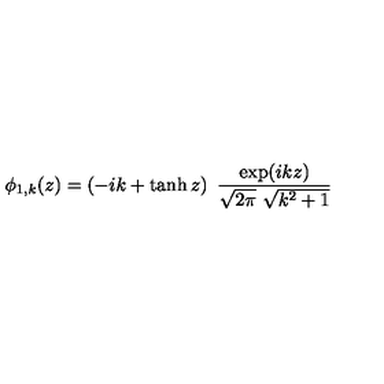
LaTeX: \phi _ { 1 , k } ( z ) = \left( - i k + \tanh z \right) \ { \frac { \exp ( i k z ) } { \sqrt { 2 \pi } \ \sqrt { k ^ { 2 } + 1 } } }